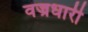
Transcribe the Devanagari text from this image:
वज्रधारी